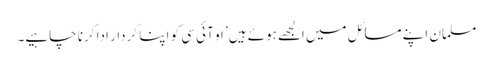
مسلمان اپنے مسائل میں الجھے ہوئے ہیں’ او آئی سی کو اپنا کردار ادا کرنا چاہیے۔